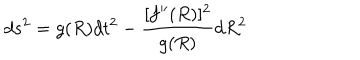
d s ^ { 2 } = g ( R ) d t ^ { 2 } - { \frac { [ f ^ { \prime \prime } ( R ) ] ^ { 2 } } { g ( R ) } } d R ^ { 2 }